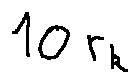
1 0 r _ { k }